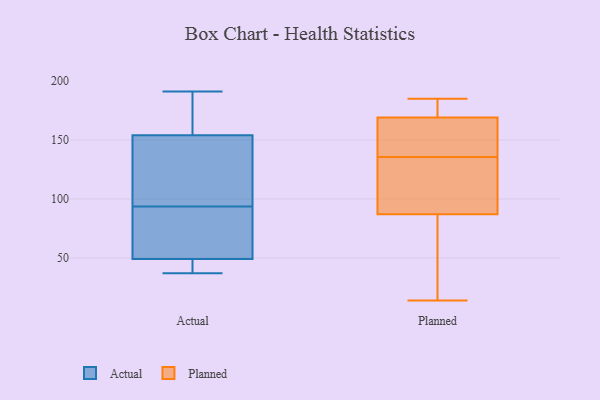
{"axis": {"x": "Waste Production (Tons)", "y": "Value"}, "legend": ["Actual", "Planned"], "data": [{"x": "", "y": 46, "type": "Actual"}, {"x": "", "y": 69, "type": "Actual"}, {"x": "", "y": 156, "type": "Actual"}, {"x": "", "y": 91, "type": "Actual"}, {"x": "", "y": 37, "type": "Actual"}, {"x": "", "y": 49, "type": "Actual"}, {"x": "", "y": 191, "type": "Actual"}, {"x": "", "y": 129, "type": "Actual"}, {"x": "", "y": 154, "type": "Actual"}, {"x": "", "y": 96, "type": "Actual"}, {"x": "", "y": 131, "type": "Planned"}, {"x": "", "y": 140, "type": "Planned"}, {"x": "", "y": 177, "type": "Planned"}, {"x": "", "y": 163, "type": "Planned"}, {"x": "", "y": 14, "type": "Planned"}, {"x": "", "y": 56, "type": "Planned"}, {"x": "", "y": 185, "type": "Planned"}, {"x": "", "y": 88, "type": "Planned"}, {"x": "", "y": 87, "type": "Planned"}, {"x": "", "y": 177, "type": "Planned"}, {"x": "", "y": 62, "type": "Planned"}, {"x": "", "y": 178, "type": "Planned"}, {"x": "", "y": 107, "type": "Planned"}, {"x": "", "y": 126, "type": "Planned"}, {"x": "", "y": 169, "type": "Planned"}, {"x": "", "y": 73, "type": "Planned"}, {"x": "", "y": 166, "type": "Planned"}, {"x": "", "y": 150, "type": "Planned"}]}